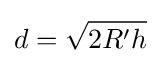
d={\sqrt {2R^{\prime }h}}